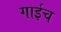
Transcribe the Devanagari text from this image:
गाईच